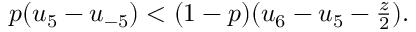
\begin{array} { r } { p ( u _ { 5 } - u _ { - 5 } ) < ( 1 - p ) ( u _ { 6 } - u _ { 5 } - \frac { z } { 2 } ) . } \end{array}